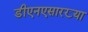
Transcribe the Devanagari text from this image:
डीएनएसारख्या